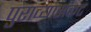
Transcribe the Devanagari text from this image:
पुराव्यासकट